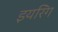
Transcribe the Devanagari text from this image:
इयरिंग